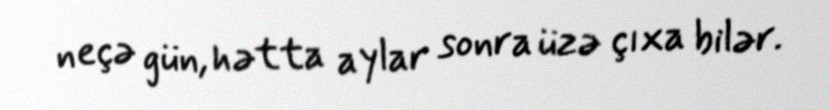
neçə gün, hətta aylar sonra üzə çıxa bilər.